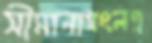
সীমানাসংলগ্ন